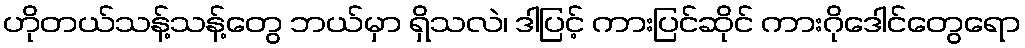
ဟိုတယ်သန့်သန့်တွေ ဘယ်မှာ ရှိသလဲ၊ ဒါပြင့် ကားပြင်ဆိုင် ကားဂိုဒေါင်တွေရော